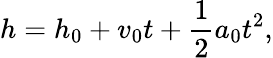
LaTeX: h=h_{0}+v_{0}t+\frac{1}{2}a_{0}t^{2},